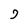
Character: J